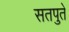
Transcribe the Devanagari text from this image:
सतपुते